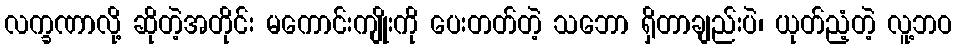
လက္ခဏာလို့ ဆိုတဲ့အတိုင်း မကောင်းကျိုးကို ပေးတတ်တဲ့ သဘော ရှိတာချည်းပဲ၊ ယုတ်ညံ့တဲ့ လူ့ဘဝ